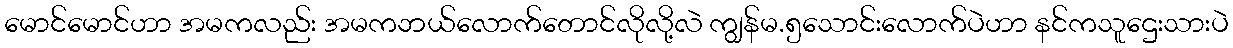
မောင်မောင်ဟာ အမကလည်း အမကဘယ်လောက်တောင်လိုလို့လဲ ကျွန်မ.၅သောင်းလောက်ပဲဟာ နင်ကသူဌေးသားပဲ